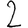
Digit: 2